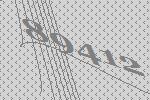
89412